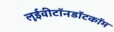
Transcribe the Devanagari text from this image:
लूईवीटॉनडॉटकॉम